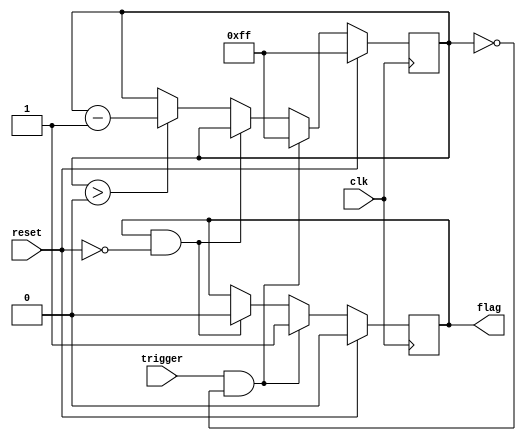
module one_shot_timer (
    input wire clk,
    input wire reset,
    input wire trigger,
    output reg flag
);

reg [7:0] counter;

always @(posedge clk) begin
    if (reset) begin
        counter <= 8'hFF; // Preset value
        flag <= 0;
    end else begin
        if (trigger && (counter == 0)) begin
            counter <= 8'hFF;
            flag <= 1;
        end else if (flag && ~reset) begin
            flag <= 0;
        end else if (counter > 0) begin
            counter <= counter - 1;
        end
    end
end

endmodule